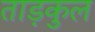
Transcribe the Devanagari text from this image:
ताड़कुल